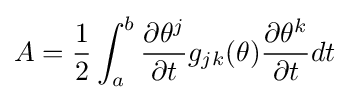
A={\frac {1}{2}}\int _{a}^{b}{\frac {\partial \theta ^{j}}{\partial t}}g_{jk}(\theta ){\frac {\partial \theta ^{k}}{\partial t}}dt